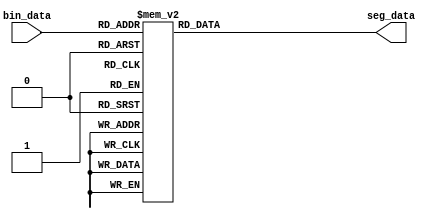
module decoder
(
	input [3:0]      bin_data,     // bin data input
	output reg [6:0] seg_data      // seven segments LED output
);

always@(*)
begin
	case(bin_data)
		4'd0:seg_data <= 8'b0100_0000;
		4'd1:seg_data <= 8'b0111_1001;
		4'd2:seg_data <= 8'b0010_0100;
		4'd3:seg_data <= 8'b0011_0000;
		4'd4:seg_data <= 8'b0001_1001;
		4'd5:seg_data <= 8'b0001_0010;
		4'd6:seg_data <= 8'b0000_0010;
		4'd7:seg_data <= 8'b0111_1000;
		4'd8:seg_data <= 8'b0000_0000;
		4'd9:seg_data <= 8'b0001_0000;
		4'ha:seg_data <= 8'b0000_1000;
		4'hb:seg_data <= 8'b0000_0011;
		4'hc:seg_data <= 8'b0100_0110;
		4'hd:seg_data <= 8'b0010_0001;
		4'he:seg_data <= 8'b0000_0110;
		4'hf:seg_data <= 8'b0000_1110;
		default:seg_data <= 8'b0111_1111;
	endcase
end
endmodule